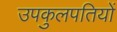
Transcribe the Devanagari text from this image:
उपकुलपतियों